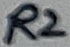
Text: R2